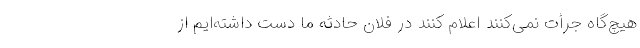
هیچ‌گاه جرأت نمی‌کنند اعلام کنند در فلان حادثه ما دست داشته‌ایم از